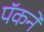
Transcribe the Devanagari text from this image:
पॅकने